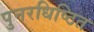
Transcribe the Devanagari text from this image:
पुनरधिष्ठित